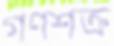
গণশক্র